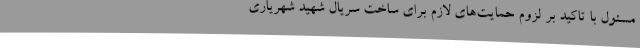
مسئول با تاکید بر لزوم حمایت‌های لازم برای ساخت سریال شهید شهریاری